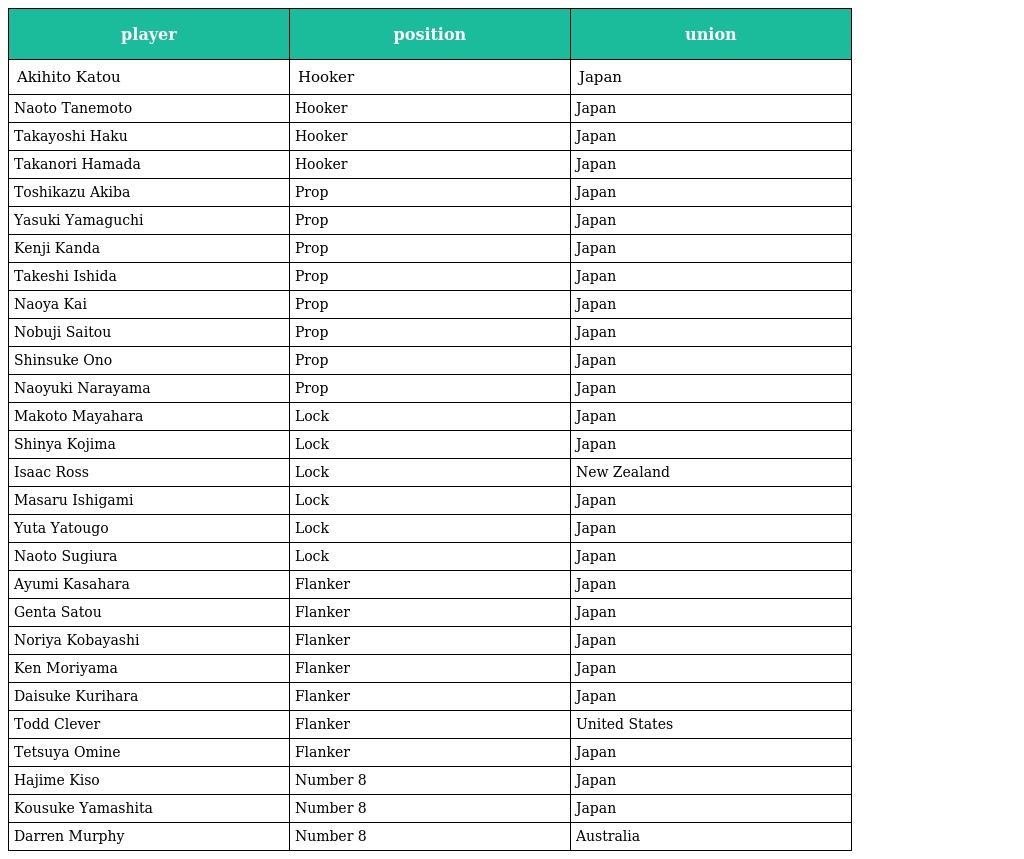
| player | position | union |
 | --- | --- | --- |
 | Akihito Katou | Hooker | Japan |
 | Naoto Tanemoto | Hooker | Japan |
 | Takayoshi Haku | Hooker | Japan |
 | Takanori Hamada | Hooker | Japan |
 | Toshikazu Akiba | Prop | Japan |
 | Yasuki Yamaguchi | Prop | Japan |
 | Kenji Kanda | Prop | Japan |
 | Takeshi Ishida | Prop | Japan |
 | Naoya Kai | Prop | Japan |
 | Nobuji Saitou | Prop | Japan |
 | Shinsuke Ono | Prop | Japan |
 | Naoyuki Narayama | Prop | Japan |
 | Makoto Mayahara | Lock | Japan |
 | Shinya Kojima | Lock | Japan |
 | Isaac Ross | Lock | New Zealand |
 | Masaru Ishigami | Lock | Japan |
 | Yuta Yatougo | Lock | Japan |
 | Naoto Sugiura | Lock | Japan |
 | Ayumi Kasahara | Flanker | Japan |
 | Genta Satou | Flanker | Japan |
 | Noriya Kobayashi | Flanker | Japan |
 | Ken Moriyama | Flanker | Japan |
 | Daisuke Kurihara | Flanker | Japan |
 | Todd Clever | Flanker | United States |
 | Tetsuya Omine | Flanker | Japan |
 | Hajime Kiso | Number 8 | Japan |
 | Kousuke Yamashita | Number 8 | Japan |
 | Darren Murphy | Number 8 | Australia |